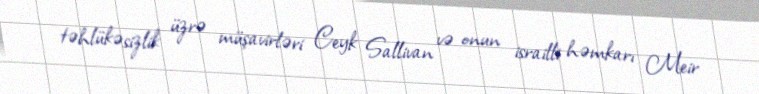
təhlükəsizlik üzrə müşavirləri Ceyk Sallivan və onun israilli həmkarı Meir